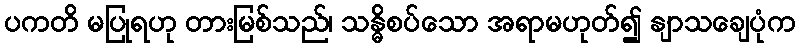
ပကတိ မပြုရဟု တားမြစ်သည်၊ သန္ဓိစပ်သော အရာမဟုတ်၍ နျာသချေပုံက